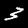
Label: 3